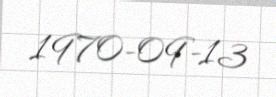
1970-09-13